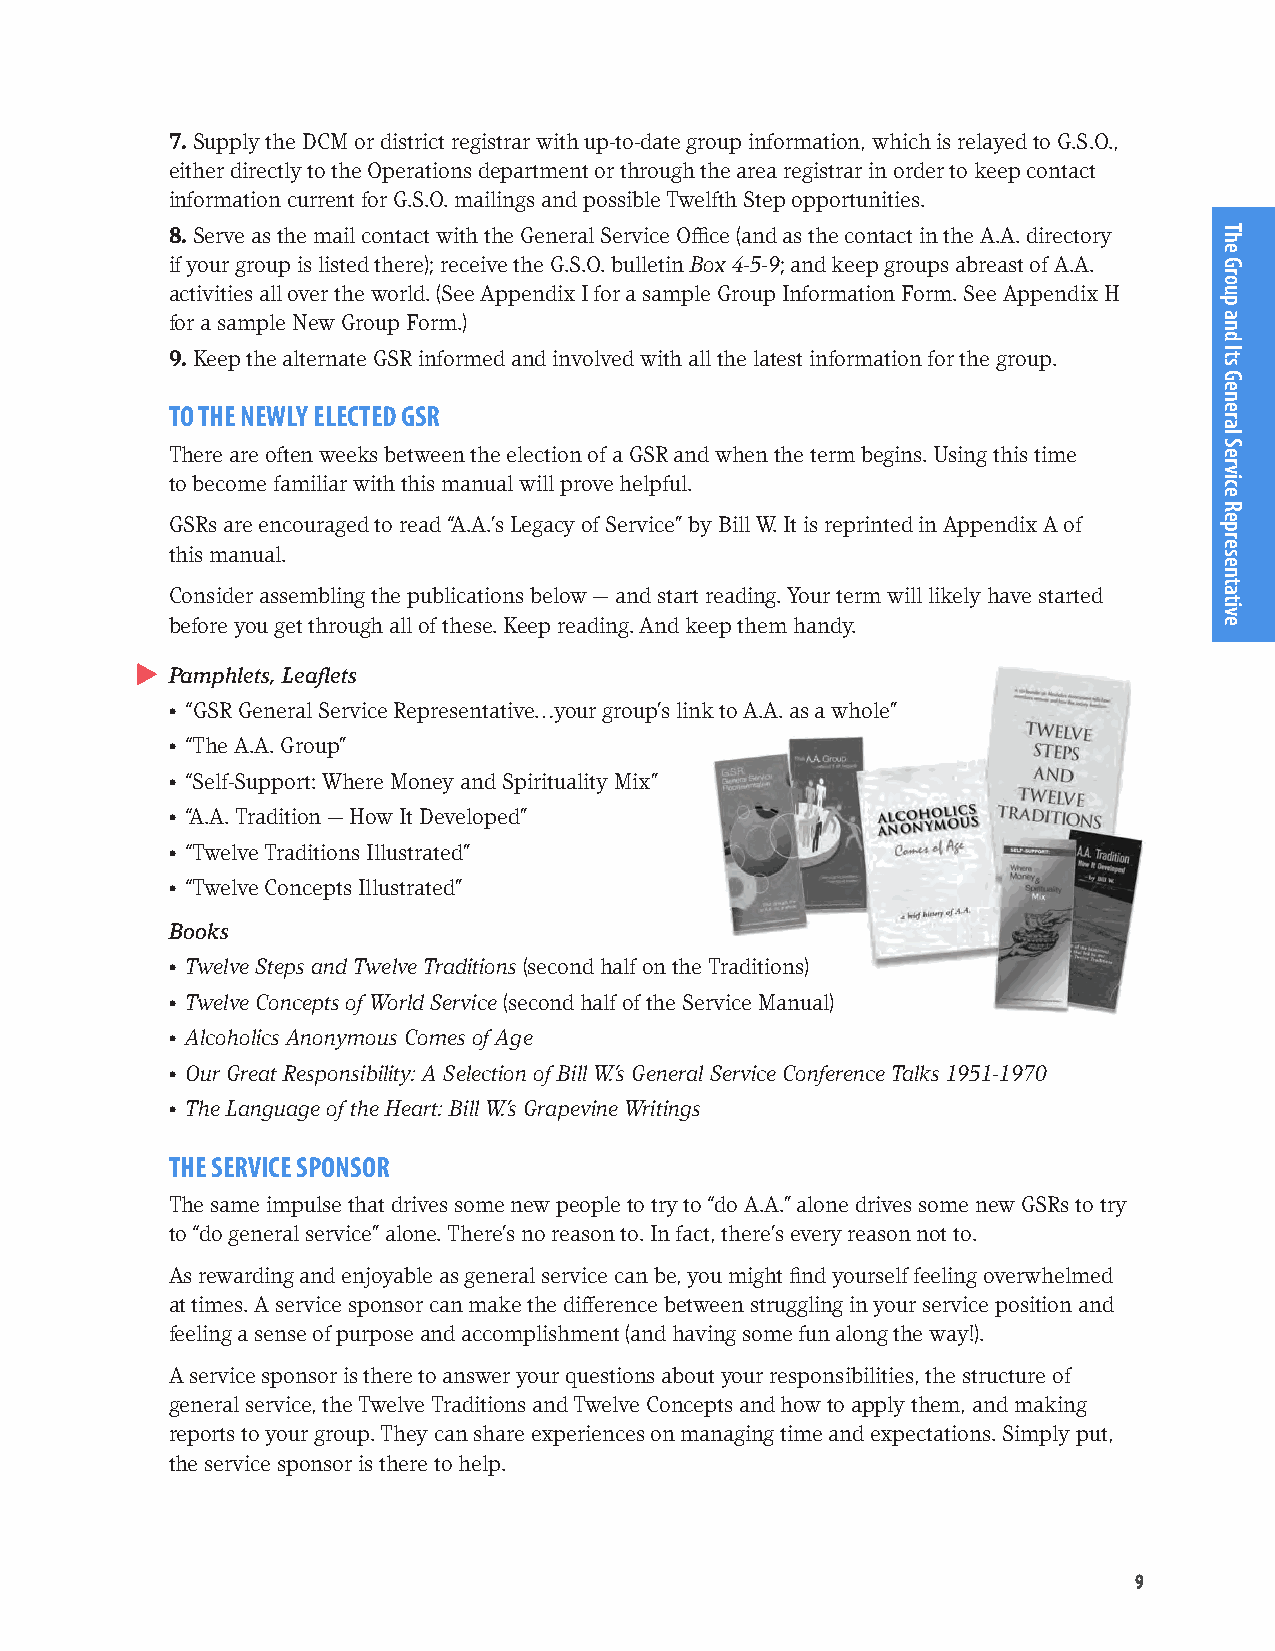
7. Supply the DCM or district registrar with up-to-date group information, which is relayed to G.S.O.,
 either directly to the Operations department or through the area registrar in order to keep contact
 information current for G.S.O. mailings and possible Twelfth Step opportunities.
 8. Serve as the mail contact with the General Service Office (and as the contact in the A.A. directory
 if your group is listed there); receive the G.S.O. bulletin Box 4-5-9; and keep groups abreast of A.A.
 activities all over the world. (See Appendix I for a sample Group Information Form. See Appendix H
 for a sample New Group Form.)
 9. Keep the alternate GSR informed and involved with all the latest information for the group.
 TO THE NEWLY ELECTED GSR
 There are often weeks between the election of a GSR and when the term begins. Using this time
 to become familiar with this manual will prove helpful.
 GSRs are encouraged to read “A.A.’s Legacy of Service” by Bill W. It is reprinted in Appendix A of
 this manual.
 Consider assembling the publications below — and start reading. Your term will likely have started
 before you get through all of these. Keep reading. And keep them handy.
 Pamphlets, Leaflets
 • “GSR General Service Representative…your group’s link to A.A. as a whole”
 • “The A.A. Group”
 • “Self-Support: Where Money and Spirituality Mix”
 • “A.A. Tradition — How It Developed”
 • “Twelve Traditions Illustrated”
 • “Twelve Concepts Illustrated”
 Books
 • Twelve Steps and Twelve Traditions (second half on the Traditions)
 • Twelve Concepts of World Service (second half of the Service Manual)
 • Alcoholics Anonymous Comes of Age
 • Our Great Responsibility: A Selection of Bill W.’s General Service Conference Talks 1951-1970
 • The Language of the Heart: Bill W.’s Grapevine Writings
 THE SERVICE SPONSOR
 The same impulse that drives some new people to try to “do A.A.” alone drives some new GSRs to try
 to “do general service” alone. There’s no reason to. In fact, there’s every reason not to.
 As rewarding and enjoyable as general service can be, you might find yourself feeling overwhelmed
 at times. A service sponsor can make the difference between struggling in your service position and
 feeling a sense of purpose and accomplishment (and having some fun along the way!).
 A service sponsor is there to answer your questions about your responsibilities, the structure of
 general service, the Twelve Traditions and Twelve Concepts and how to apply them, and making
 reports to your group. They can share experiences on managing time and expectations. Simply put,
 the service sponsor is there to help.
 99
 The
 Group
 and
 Its
 General
 Service
 Representative